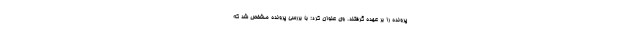
پرونده را بر عهده گرفتند. وی عنوان کرد: با بررسی پرونده مشخص شد که